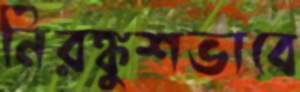
নিরঙ্কুশভাবে